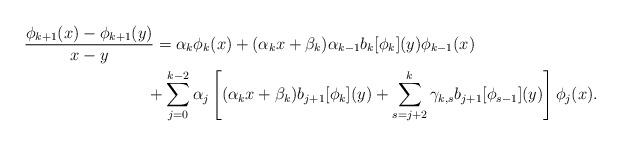
LaTeX: \begin{align*}\begin{aligned} \frac{\phi_{k+1}(x) - \phi_{k+1}(y)}{x-y} & = \alpha_k\phi_k(x) + (\alpha_kx+\beta_k)\alpha_{k-1}b_k[\phi_k](y)\phi_{k-1}(x) \\&\!\!\!+ \sum_{j=0}^{k-2}\alpha_j\left[(\alpha_kx+\beta_k)b_{j+1}[\phi_k](y) + \sum_{s=j+2}^k\gamma_{k,s}b_{j+1}[\phi_{s-1}](y)\right]\phi_j(x).\end{aligned} \end{align*}